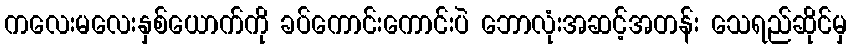
ကလေးမလေးနှစ်ယောက်ကို ခပ်ကောင်းကောင်းပဲ ဘောလုံးအဆင့်အတန်း သေရည်ဆိုင်မှ